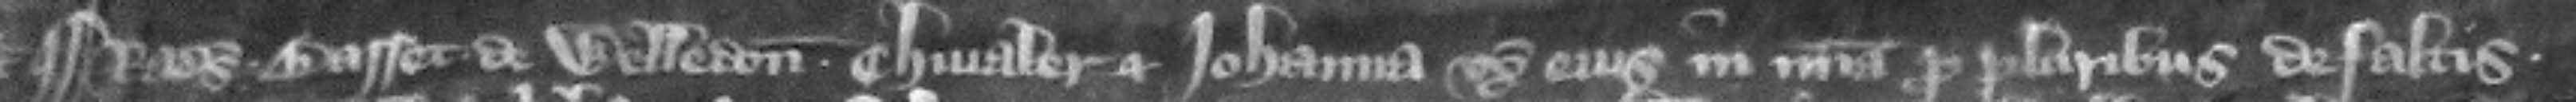
Radulfus Basset de Welledon chiualer et Iohanna vxor eius in misericordia pro pluribus defaltis.